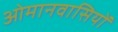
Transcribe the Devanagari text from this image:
ओमानवासियों